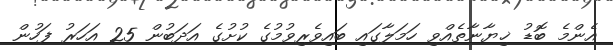
އެންމެ ބޮޑު ޚިޔާނާތެއްވި ހަމަލާގައި ބައިވެރިވުމުގެ ކުށުގެ އަދަބުން 25 އަހަރު ފަހުން